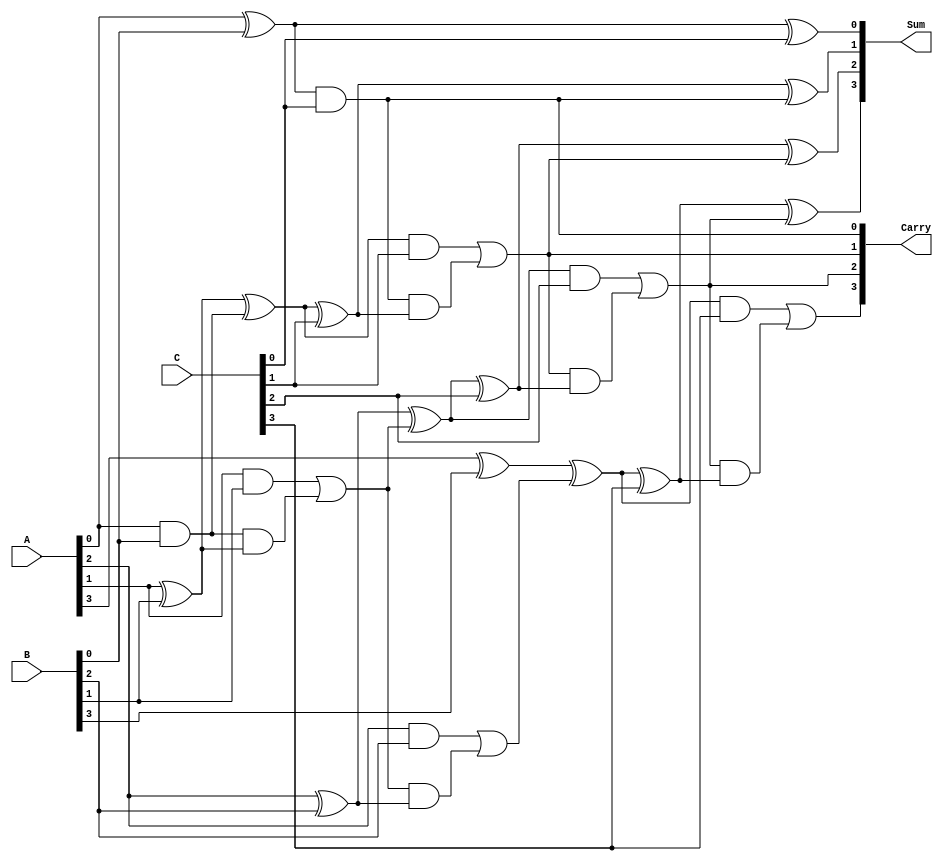
module DynamicCarrySaveAdder #(parameter n = 4) (
    input  [n-1:0] A,
    input  [n-1:0] B,
    input  [n-1:0] C,
    output [n-1:0] Sum,
    output [n-1:0] Carry
);

// Intermediate sums and carries
wire [n-1:0] S1, S2, C1, C2;

// First stage: Pairwise addition using full adders
genvar i;
generate
    for (i = 0; i < n; i = i + 1) begin : full_adder_stage1
        // Full adder for A and B
        if (i == 0) begin
            assign S1[i] = A[i] ^ B[i];
            assign C1[i] = A[i] & B[i];
        end else begin
            assign S1[i] = A[i] ^ B[i] ^ C1[i-1];
            assign C1[i] = (A[i] & B[i]) | (C1[i-1] & (A[i] ^ B[i]));
        end
    end
endgenerate

// Second stage: Adding the result of first stage with C
generate
    for (i = 0; i < n; i = i + 1) begin : full_adder_stage2
        // Full adder for S1 and C
        if (i == 0) begin
            assign S2[i] = S1[i] ^ C[i];
            assign C2[i] = S1[i] & C[i];
        end else begin
            assign S2[i] = S1[i] ^ C[i] ^ C2[i-1];
            assign C2[i] = (S1[i] & C[i]) | (C2[i-1] & (S1[i] ^ C[i]));
        end
    end
endgenerate

// Final outputs
assign Sum = S2;
assign Carry = C2;

endmodule